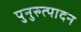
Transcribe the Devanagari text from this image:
पुनुरुत्पादन